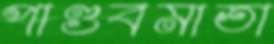
পাণ্ডবমাতা